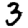
Digit: 3